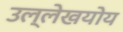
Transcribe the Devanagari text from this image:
उल्लेखयोय